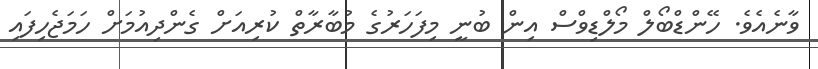
ވާނެއެވެ. ހޭންޑްބޯލް މޯލްޑިވްސް އިން ބުނީ މިފަހަރުގެ މުބާރާތް ކުރިއަށް ގެންދިއުމަށް ހަމަޖެހިފައި